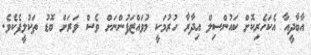
އާބާދީއާ އެކަހެރިކޮށް ކައުންސިލް އިދާރާ ހުރުމަކީ މުވައްޒަފުންނަށް ވެސް ވަރަށް ބޮޑު ތަކުލީފެކެވެ.